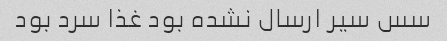
سس سیر ارسال نشده بود غذا سرد بود